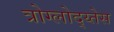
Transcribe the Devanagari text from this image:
त्रोग्लोद्य्तेस